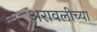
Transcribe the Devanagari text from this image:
अरावलीच्या